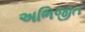
અભિજીત